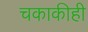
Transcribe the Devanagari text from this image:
चकाकीही